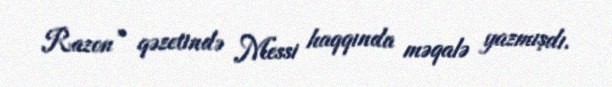
Razon” qəzetində Messi haqqında məqalə yazmışdı.